Report on plague and inoculation in the Punjab from October 1st ... to September 30th..., being the ... season of plague in the province
Disease focus: Plague
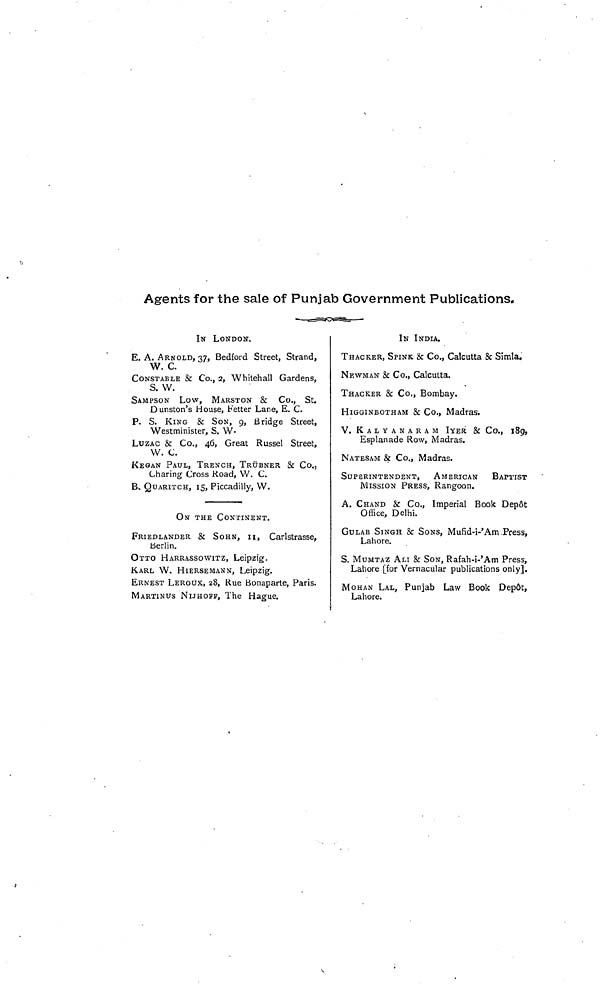
Agents for the sale of Punjab Government Publications.
IN LONDON.
E. A. ARNOLD, 37, Bedford Street, Strand,
W. C.
CONSTABLE & Co., 2, Whitehall Gardens,
S. W.
SAMPSON LOW, MARSTON & Co., St.
Dunston's House, Fetter Lane, E. C.
P. S. KING & SON, 9, Bridge Street,
Westminister, S. W.
LUZAC & Co., 46, Great Russel Street,
W. C.
KEGAN PAUL, TRENCH, TRÜBNER & Co.,
Charing Cross Road, W. C.
B. QUARITCH, 15, Piccadilly, W.
ON THE CONTINENT.
FRIEDLANDER & SOHN, II, Carlstrasse,
Berlin.
OTTO HARRASSOWITZ, Leipzig.
KARL W. HIERSEMANN, Leipzig.
ERNEST LEROUX, 28, Rue Bonaparte, Paris.
MARTINUS NIJHOFF, The Hague.
IN INDIA.
THACKER, SPINK. & Co., Calcutta & Simla.
NEWMAN & Co., Calcutta.
THACKER & Co., Bombay.
HIGGINBOTHAM & Co., Madras.
V. KALYANARAM IYER & Co., 189,
Esplanade Row, Madras.
NATESAM & Co., Madras.
SUPERINTENDENT,
AMERICAN
BAPTIST
MISSION PRESS, Rangoon.
A. CHAND & Co., Imperial Book Depot
Office, Delhi.
GULAB SINGH & SONS, Mufid-i-'Am Press,
Lahore.
S. MUMTAZ ALI & SON, Rafah-i-'Am Press,
Lahore [for Vernacular publications only].
MOHAN LAL, Punjab Law Book Depôt,
Lahore.